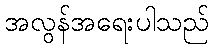
အလွန်အရေးပါသည်